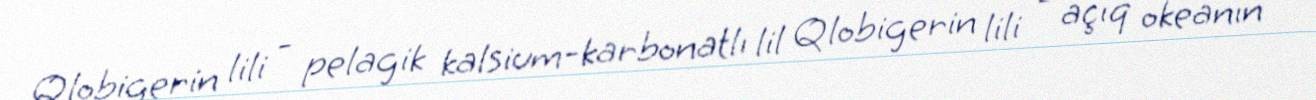
Qlobigerin lili - pelagik kalsium-karbonatlı lil Qlobigerin lili - açıq okeanın